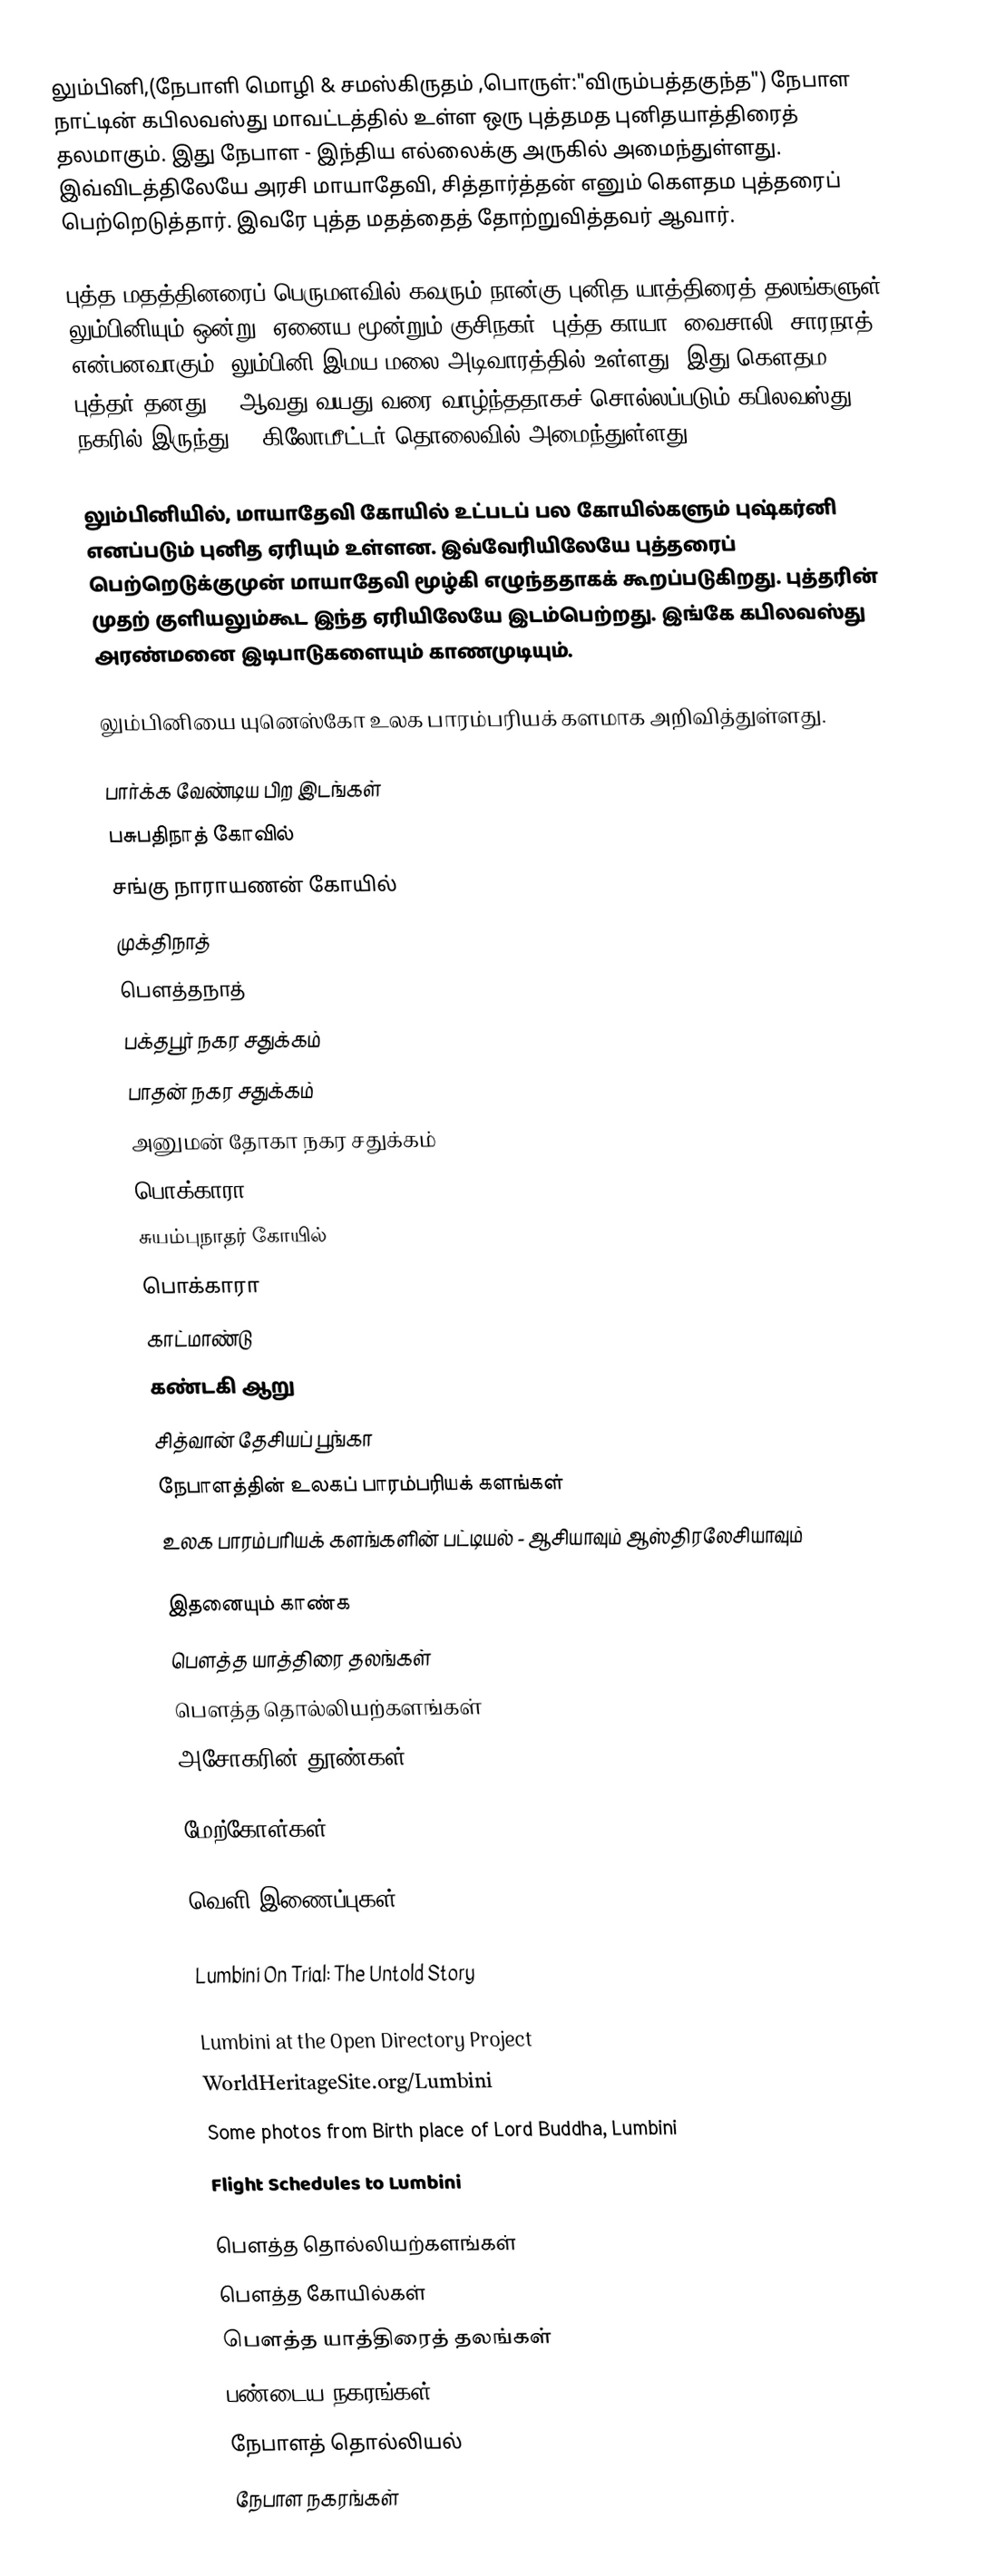
லும்பினி,(நேபாளி மொழி & சமஸ்கிருதம்  ,பொருள்:"விரும்பத்தகுந்த") நேபாள நாட்டின் கபிலவஸ்து மாவட்டத்தில் உள்ள ஒரு புத்தமத  புனிதயாத்திரைத் தலமாகும். இது நேபாள - இந்திய எல்லைக்கு அருகில் அமைந்துள்ளது. இவ்விடத்திலேயே அரசி மாயாதேவி, சித்தார்த்தன் எனும் கௌதம புத்தரைப் பெற்றெடுத்தார். இவரே புத்த மதத்தைத் தோற்றுவித்தவர் ஆவார்.

புத்த மதத்தினரைப் பெருமளவில் கவரும் நான்கு புனித யாத்திரைத் தலங்களுள் லும்பினியும் ஒன்று. ஏனைய மூன்றும் குசிநகர், புத்த காயா, வைசாலி, சாரநாத் என்பனவாகும். லும்பினி இமய மலை அடிவாரத்தில் உள்ளது. இது கௌதம புத்தர் தனது 29 ஆவது வயது வரை வாழ்ந்ததாகச் சொல்லப்படும் கபிலவஸ்து நகரில் இருந்து 25 கிலோமீட்டர் தொலைவில் அமைந்துள்ளது.

லும்பினியில், மாயாதேவி கோயில் உட்படப் பல கோயில்களும் புஷ்கர்னி எனப்படும் புனித ஏரியும் உள்ளன. இவ்வேரியிலேயே புத்தரைப் பெற்றெடுக்குமுன் மாயாதேவி மூழ்கி எழுந்ததாகக் கூறப்படுகிறது. புத்தரின் முதற் குளியலும்கூட இந்த ஏரியிலேயே இடம்பெற்றது. இங்கே கபிலவஸ்து அரண்மனை இடிபாடுகளையும் காணமுடியும்.

லும்பினியை யுனெஸ்கோ உலக பாரம்பரியக் களமாக அறிவித்துள்ளது.

பார்க்க வேண்டிய பிற இடங்கள்
 பசுபதிநாத் கோவில்
 சங்கு நாராயணன் கோயில்
 முக்திநாத்
 பௌத்தநாத்
 பக்தபூர் நகர சதுக்கம்
 பாதன் நகர சதுக்கம்
 அனுமன் தோகா நகர சதுக்கம்
 பொக்காரா
 சுயம்புநாதர் கோயில்
 பொக்காரா
 காட்மாண்டு
 கண்டகி ஆறு
 சித்வான் தேசியப் பூங்கா
 நேபாளத்தின் உலகப் பாரம்பரியக் களங்கள்
 உலக பாரம்பரியக் களங்களின் பட்டியல் - ஆசியாவும் ஆஸ்திரலேசியாவும்

இதனையும் காண்க
 பௌத்த யாத்திரை தலங்கள்
 பௌத்த தொல்லியற்களங்கள்
 அசோகரின் தூண்கள்

மேற்கோள்கள்

வெளி இணைப்புகள்

 Lumbini On Trial: The Untold Story

 Lumbini at the Open Directory Project
 WorldHeritageSite.org/Lumbini
 Some photos from Birth place of Lord Buddha, Lumbini
  Flight Schedules to Lumbini

பௌத்த தொல்லியற்களங்கள்
பௌத்த கோயில்கள்
பௌத்த யாத்திரைத் தலங்கள்
பண்டைய நகரங்கள்
நேபாளத் தொல்லியல்
நேபாள நகரங்கள்